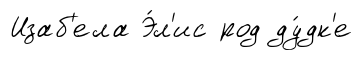
Изаб'ела Э́л'ис род ду́дк'е